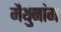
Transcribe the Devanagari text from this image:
मैथुनांग